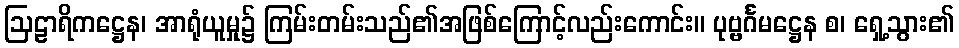
ဩဠာရိကဋ္ဌေန၊ အာရုံယူမှု၌ ကြမ်းတမ်းသည်၏အဖြစ်ကြောင့်လည်းကောင်း။ ပုဗ္ဗင်္ဂမဋ္ဌေန စ၊ ရှေ့သွား၏